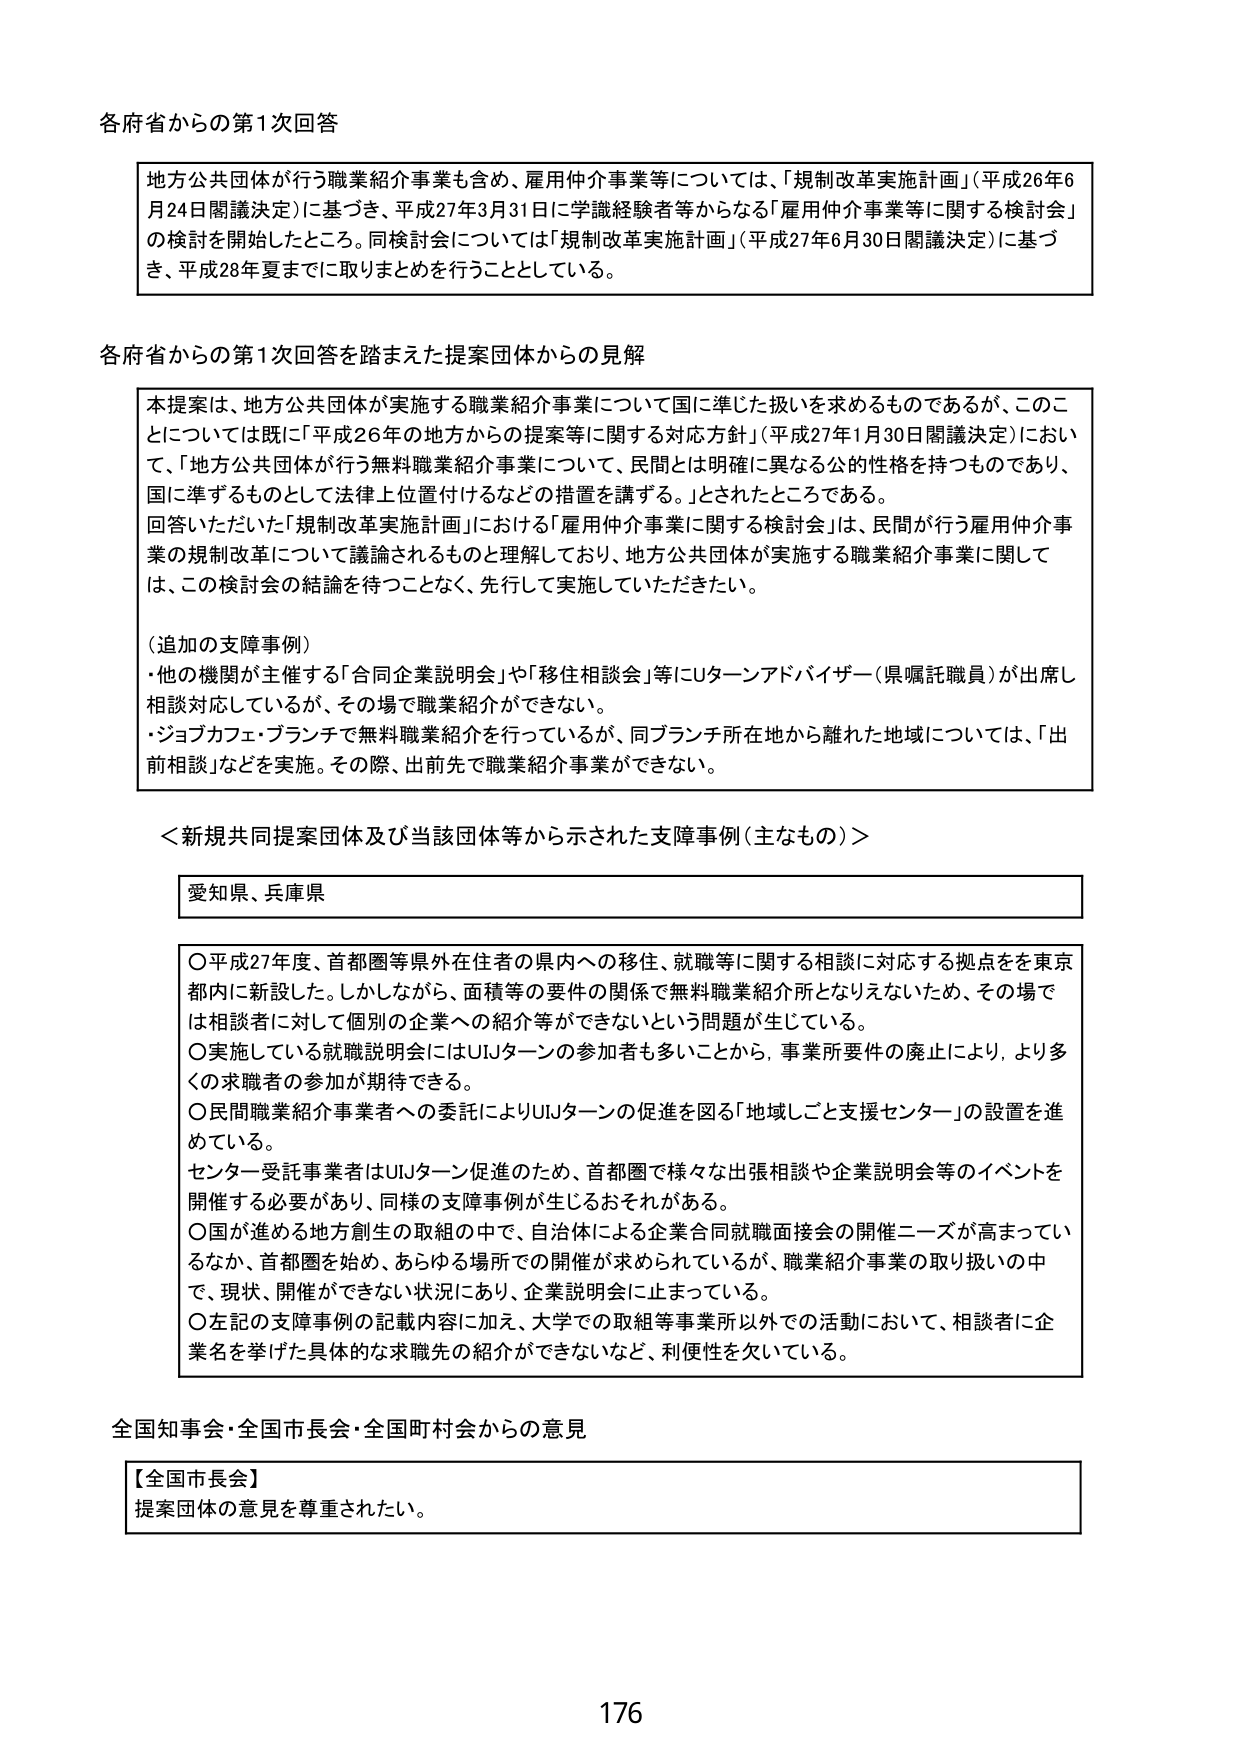
各府省からの第1次回答

地方公共団体が行う職業紹介事業も含め、雇用仲介事業等については、「規制改革実施計画」（平成26年6月24日閣議決定）に基づき、平成27年3月31日に学識経験者等からなる「雇用仲介事業等に関する検討会」の検討を開始したところ。同検討会については「規制改革実施計画」（平成27年6月30日閣議決定）に基づき、平成28年夏までに取りまとめを行うこととしている。

各府省からの第1次回答を踏まえた提案団体からの見解

本提案は、地方公共団体が実施する職業紹介事業について国に準じた扱いを求めるものであるが、このことについては既に「平成26年の地方からの提案等に関する対応方針」（平成27年1月30日閣議決定）において、「地方公共団体が行う無料職業紹介事業について、民間とは明確に異なる公的性格を持つものであり、国に準ずるものとして法律上位置付けるなどの措置を講ずる。」とされたところである。
回答いただいた「規制改革実施計画」における「雇用仲介事業に関する検討会」は、民間が行う雇用仲介事業の規制改革について議論されるものと理解しており、地方公共団体が実施する職業紹介事業に関しては、この検討会の結論を待つことなく、先行して実施していただきたい。

（追加の支障事例）
・他の機関が主催する「合同企業説明会」や「移住相談会」等にUターンアドバイザー（県嘱託職員）が出席し相談対応しているが、その場で職業紹介ができない。
・ジョブカフェ・ブランチで無料職業紹介を行っているが、同ブランチ所在地から離れた地域については、「出前相談」などを実施。その際、出前先で職業紹介事業ができない。

＜新規共同提案団体及び当該団体等から示された支障事例（主なもの）＞

愛知県、兵庫県

○平成27年度、首都圏等県外在住者の県内への移住、就職等に関する相談に対応する拠点を東京都内に新設した。しかしながら、面積等の要件の関係で無料職業紹介所となりえないため、その場では相談者に対して個別の企業への紹介等ができないという問題が生じている。
○実施している就職説明会にはUUターンの参加者も多いことから、事業所要件の廃止により、より多くの求職者の参加が期待できる。
○民間職業紹介事業者への委託によりUターンの促進を図る「地域しごと支援センター」の設置を進めている。
センター受託事業者はUターン促進のため、首都圏で様々な出張相談や企業説明会等のイベントを開催する必要があり、同様の支障事例が生じるおそれがある。
○国が進める地方創生の取組の中で、自治体による企業合同就職面接会の開催ニーズが高まっているなか、首都圏を始め、あらゆる場所での開催が求められているが、職業紹介事業の取り扱いの中で、現状、開催ができない状況にあり、企業説明会に止まっている。
○左記の支障事例の記載内容に加え、大学での取組等事業所以外での活動において、相談者に企業名を挙げた具体的な求職先の紹介ができないなど、利便性を欠いている。

全国知事会・全国市長会・全国町村会からの意見

【全国市長会】
提案団体の意見を尊重されたい。

176